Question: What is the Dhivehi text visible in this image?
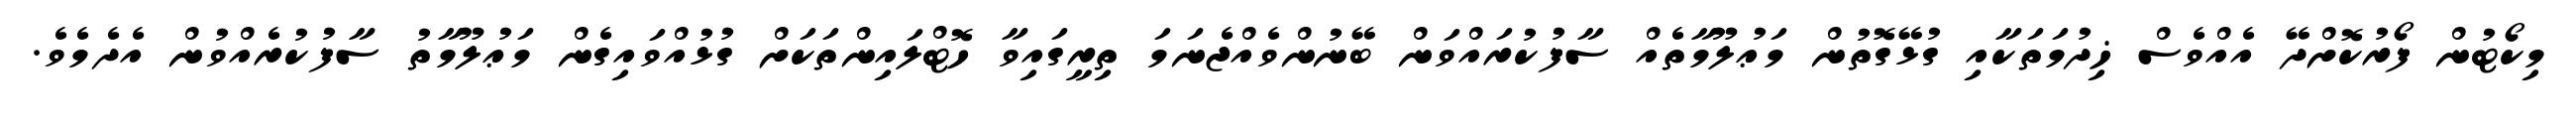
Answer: މިކޯޓުން ފޯރުކޮށްދޭ އެއްވެސް ޚިދުމަތަކާއި ގުޅޭގޮތުން މަޢުލޫމާތެއް ސާފުކުރައްވަން ބޭނުންވެއްޖެނަމަ ތިރީގައިވާ ހޮޓްލައިންތަކަށް ގުޅުއްވައިގެން މަޢުލޫމާތު ސާފުކުރެއްވުން އެދެމެވެ.